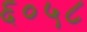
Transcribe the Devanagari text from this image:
६०५८